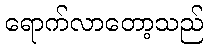
ရောက်လာတော့သည်